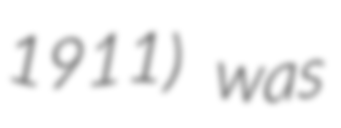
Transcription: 1911) was